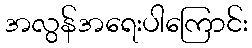
အလွန်အရေးပါကြောင်း